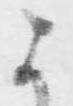
よ